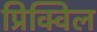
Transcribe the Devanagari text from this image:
प्रिक्विल